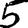
Digit: 5